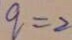
q = 2